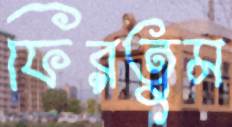
ফিরতুম